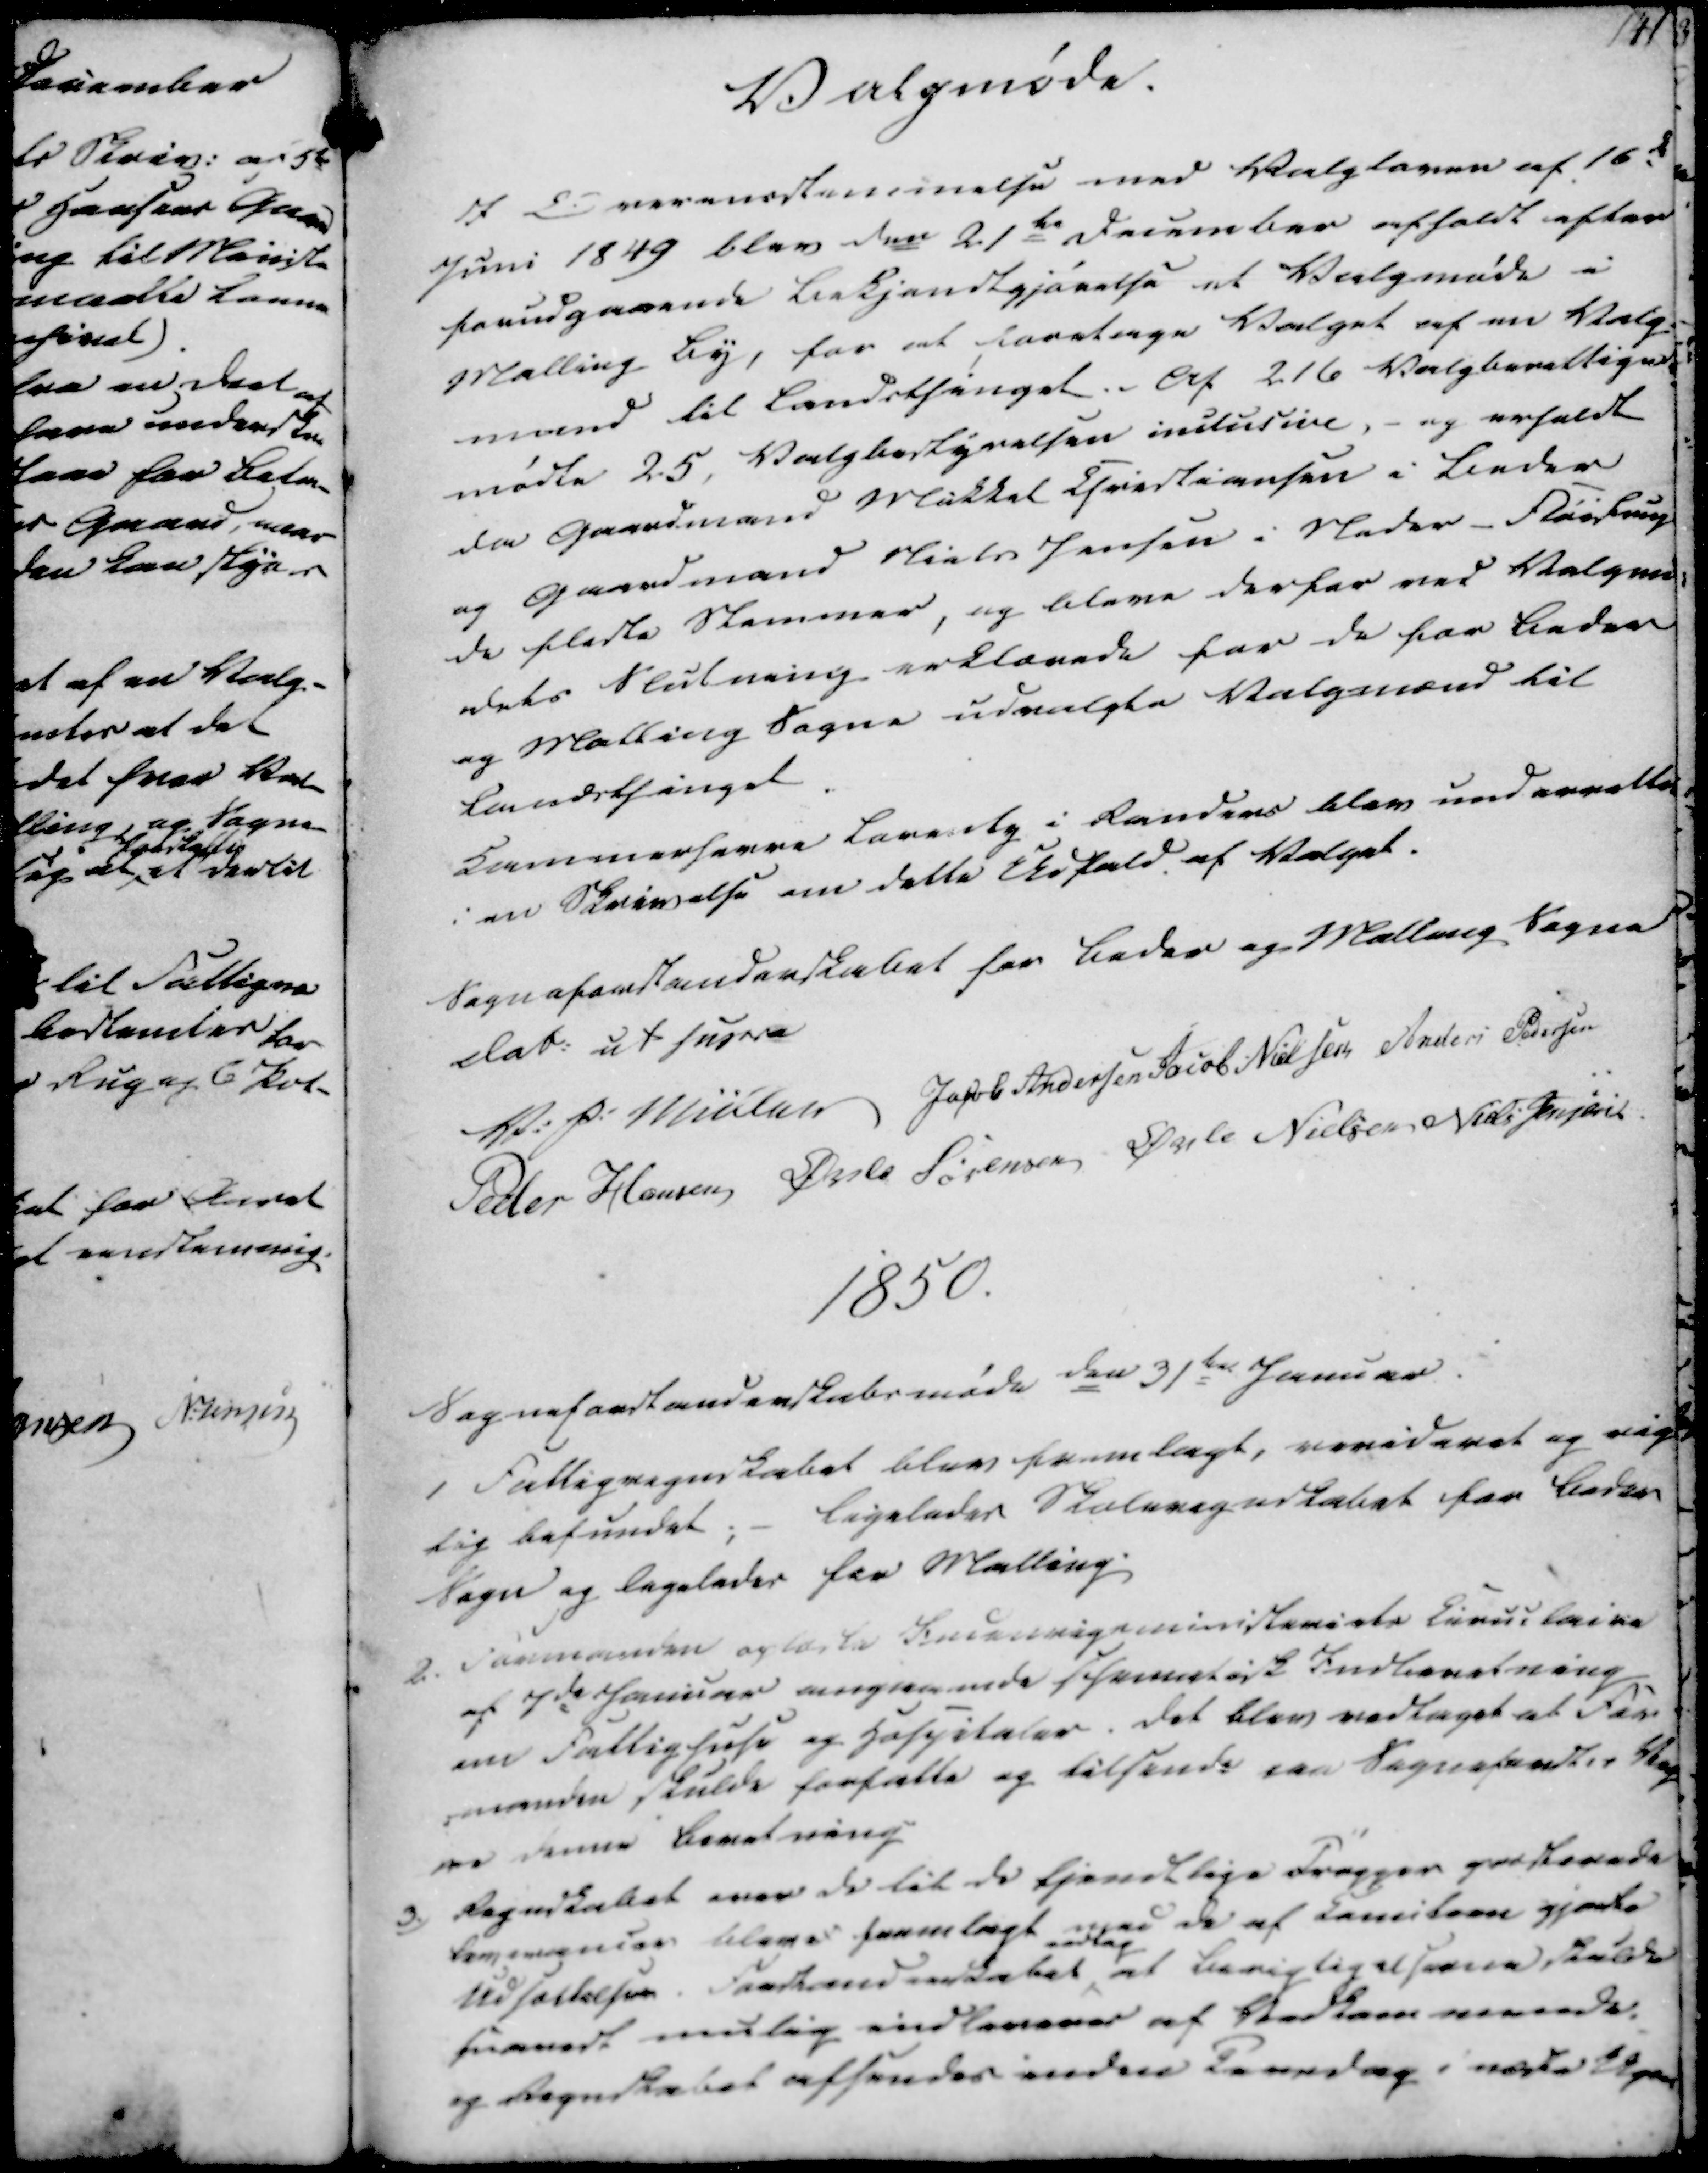
Transskription:
Valgmøde.

I Overensstemmelse med Valgloven af 16de
Juni 1849 blev den 21te December afholdt efter
forudgaaende Bekjendtgjørelse et Valgmøde i
Malling By, for at foretage Valget af en Valg-
mand til Landsthinget. Af 216 Valgberettigede
mødte 25, Valgbestyrelsen inclusive, - og erholdt
da Gaardmand Mikkel Christiansen i Beder
og Gaardmand Niels Jensen i Neder-Fløistrup
de fleste Stemmer, og bleve derfor ved Valgmø-
dets Slutning erklærede for de for Beder
og Malling Sogne udvalgte Valgmænd til
Landsthinget
Kammerherre Lareselg i Randers blev underrettet
i en Skrivelse om dette Udfald af Valget.

Sogneforstanderskabet for Beder og Malling Sogne
Dat. ut supra
V. P. Müller
Jakob Andersen
Jacob Nielsen
Anders Pedersen
Peder Hansen
Øvle Sørensen
Øvle Nielsen
Niels Jensen

1850.

Sogneforstanderskabsmøde den 31te Januar.
1 Fattigregnskabet blev fremlagt, revideret og rig
tig befundet; - Ligeledes Skoleregnskabet for Beder
Sogn og legeledes for Malling.
2. Formanden oplæste Indenrigsministeriets Circulaire
af 7de Januar angaaende schematisk Indberetning
om Fattighuse og Hospitaler. Det blev vedtaget at For
-manden skulde forfatte og tilsende paa Sogneforst.s Veg
ne denne beretning
3.) Regnskabet over de til de fjendtlige Tropper præsterede
leverancer bleve fremlagt med de af Comiteen gjorte
Udsættelser. Forstanderskabet
vedtog
at berigtigelserne skulde
snarest mulig indleveres af Vedkommende
og Regnskabet afsendes inden Torsdag i næste Uge